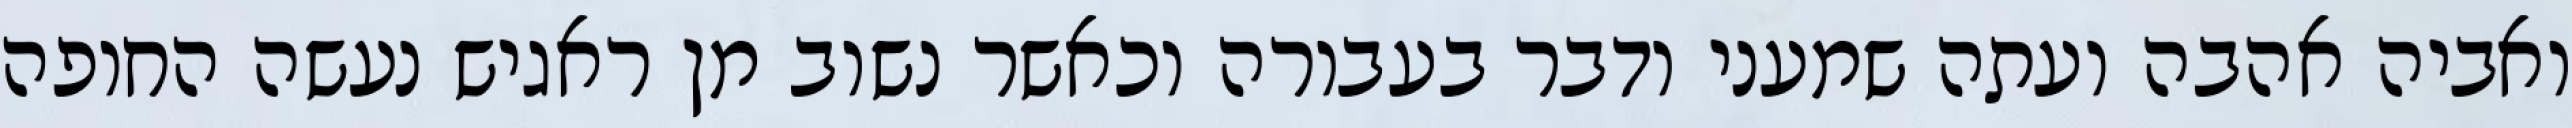
ואביה אהבה ועתה שמעני ודבר בעבורה וכאשר נשוב מן ראגיש נעשה החופה